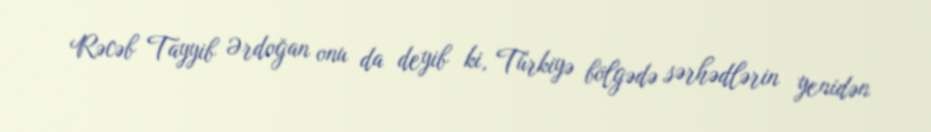
Rəcəb Tayyib Ərdoğan onu da deyib ki, Türkiyə bölgədə sərhədlərin yenidən